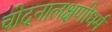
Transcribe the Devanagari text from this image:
चोदनालक्षणोधर्म